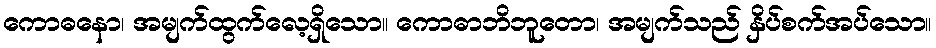
ကောဓနော၊ အမျက်ထွက်လေ့ရှိသော။ ကောဓာဘိဘူတော၊ အမျက်သည် နှိပ်စက်အပ်သော။